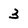
Character: 3